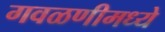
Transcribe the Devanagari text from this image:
गवळणीमध्ये